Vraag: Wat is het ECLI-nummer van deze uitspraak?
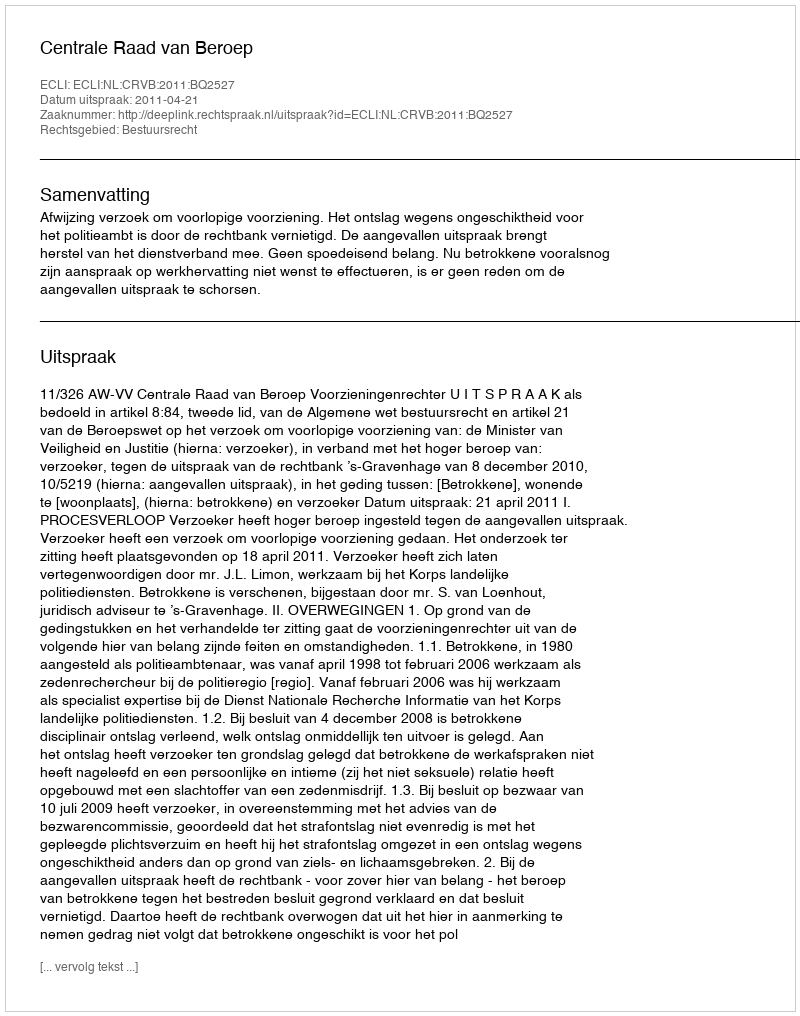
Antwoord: ECLI:NL:CRVB:2011:BQ2527